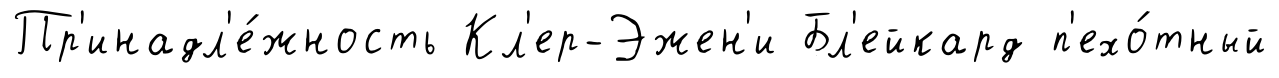
Пр'инадл'е́жность Кл'ер-Эжен'и Бл'ейкард п'ехо́тный